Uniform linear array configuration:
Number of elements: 32
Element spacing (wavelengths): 0.5
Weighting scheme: binomial
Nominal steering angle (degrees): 15
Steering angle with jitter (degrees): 13.192
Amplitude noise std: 0.05
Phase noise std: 0.05

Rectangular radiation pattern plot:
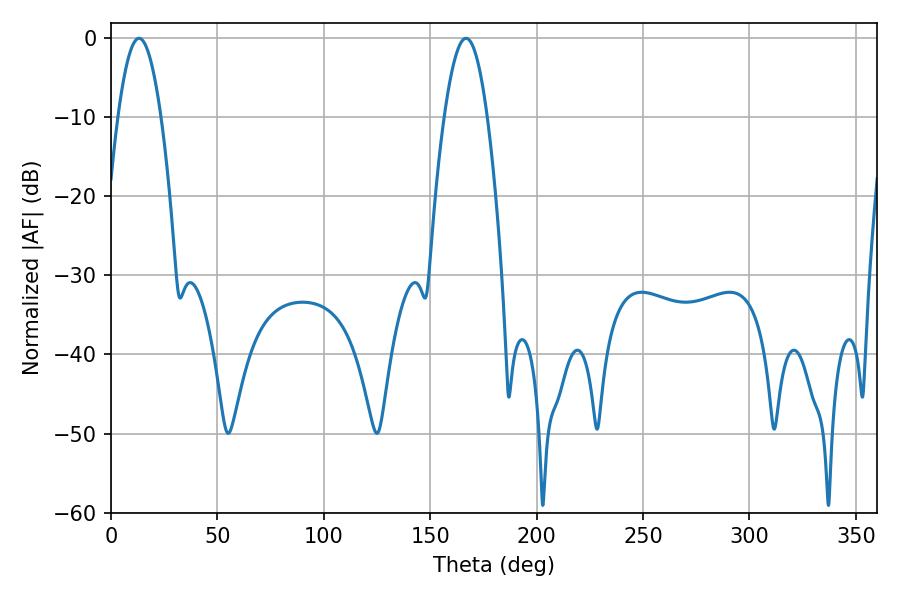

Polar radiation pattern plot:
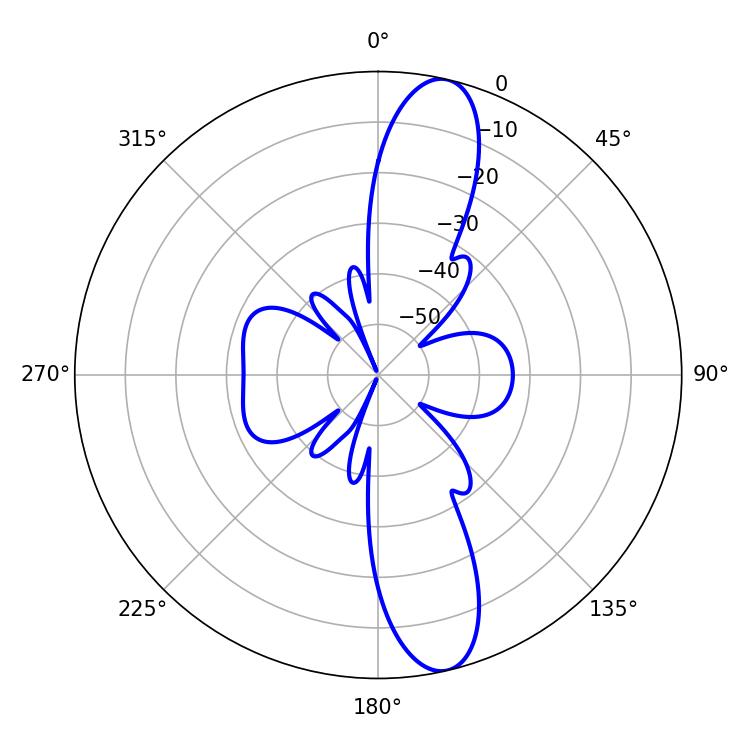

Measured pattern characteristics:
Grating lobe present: FALSE
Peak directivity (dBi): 13.246
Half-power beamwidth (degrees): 10.98
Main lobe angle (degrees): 13.14